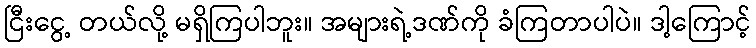
ငြီးငွေ့ တယ်လို့ မရှိကြပါဘူး။ အများရဲ့ဒဏ်ကို ခံကြတာပါပဲ။ ဒါ့ကြောင့်